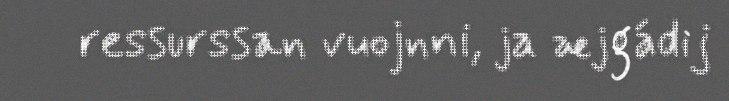
ressurssan vuojnni, ja æjgádij